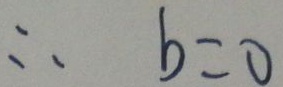
\therefore b = 0